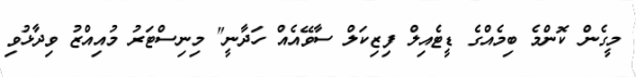
މީގެން ކޮންމެ ބިމެއްގެ ޑީޓެއިލް ފިޒިކަލް ސާވޭއެއް ހަދާނީ" މިނިސްޓަރު މުއިއްޒު ވިދާޅުވި